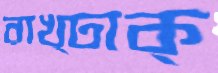
রাখ্ঢাক্